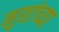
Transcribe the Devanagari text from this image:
मुद्यांच्या